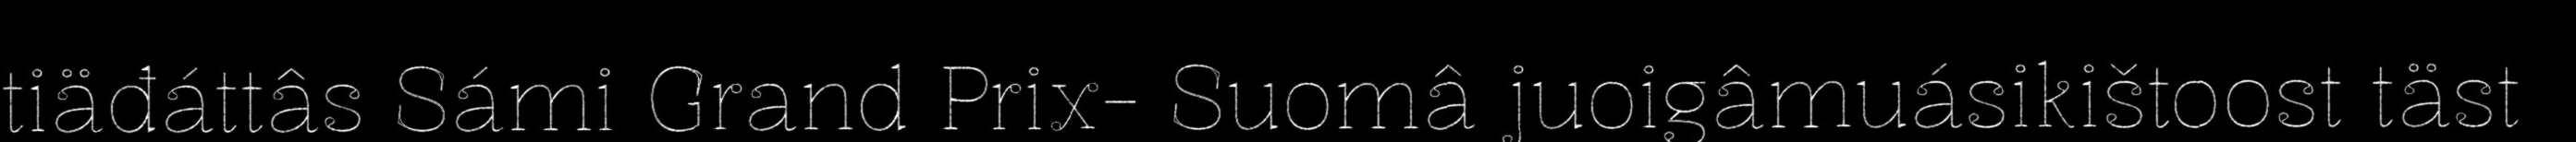
tiäđáttâs Sámi Grand Prix- Suomâ juoigâmuásikištoost täst